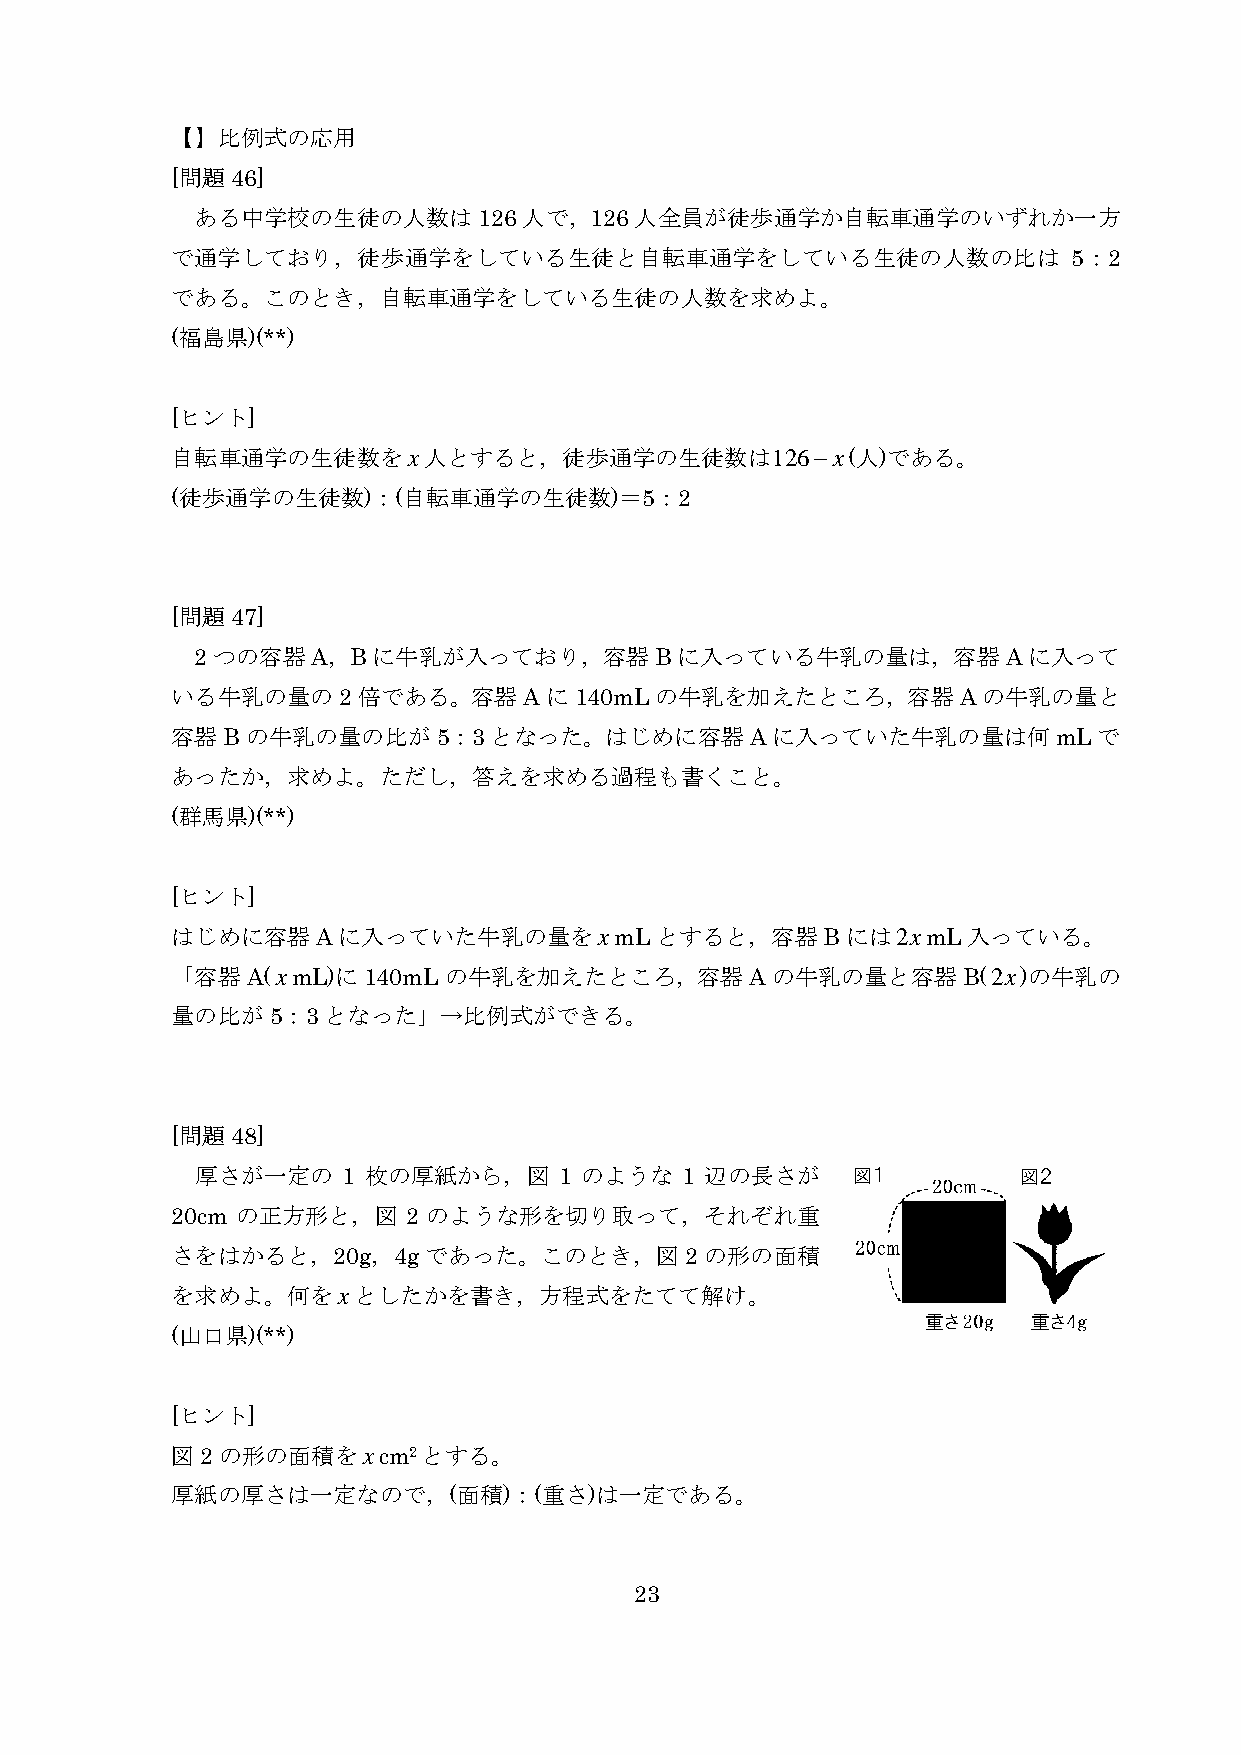
【】比例式の応用
 [問題46]
 ある中学校の生徒の人数は126人で，126人全員が徒歩通学か自転車通学のいずれか一方
 で通学しており，徒歩通学をしている生徒と自転車通学をしている生徒の人数の比は                      5：2
 である。このとき，自転車通学をしている生徒の人数を求めよ。
 (福島県)(**)
 [ヒント]
 自転車通学の生徒数をx人とすると，徒歩通学の生徒数は126−x(人)である。
 (徒歩通学の生徒数)：(自転車通学の生徒数)＝5：2
 [問題47]
 2つの容器A，Bに牛乳が入っており，容器Bに入っている牛乳の量は，容器Aに入って
 いる牛乳の量の2倍である。容器Aに140mLの牛乳を加えたところ，容器Aの牛乳の量と
 容器Bの牛乳の量の比が5：3となった。はじめに容器Aに入っていた牛乳の量は何mLで
 あったか，求めよ。ただし，答えを求める過程も書くこと。
 (群馬県)(**)
 [ヒント]
 はじめに容器Aに入っていた牛乳の量をxmLとすると，容器Bには2xmL入っている。
 「容器A(xmL)に140mLの牛乳を加えたところ，容器Aの牛乳の量と容器B(2x)の牛乳の
 量の比が5：3となった」→比例式ができる。
 [問題48]
 厚さが一定の    1 枚の厚紙から，図    1 のような  1 辺の長さが
 20cm の正方形と，図    2 のような形を切り取って，それぞれ重
 さをはかると，20g，4gであった。このとき，図2の形の面積
 を求めよ。何をxとしたかを書き，方程式をたてて解け。
 (山口県)(**)
 [ヒント]
 図2の形の面積をxcm2とする。
 厚紙の厚さは一定なので，(面積)：(重さ)は一定である。
 23